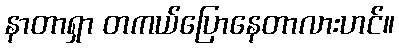
နာတာရှာ တကယ်ပြောနေတာလားဟင်။